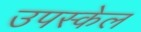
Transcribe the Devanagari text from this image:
उपस्केल